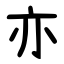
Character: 亦